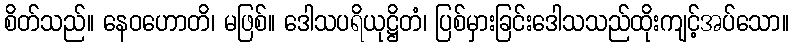
စိတ်သည်။ နေဝဟောတိ၊ မဖြစ်။ ဒေါသပရိယုဋ္ဌိတံ၊ ပြစ်မှားခြင်းဒေါသသည်ထိုးကျင့်အပ်သော။